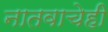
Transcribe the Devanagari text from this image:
नातवाचेही